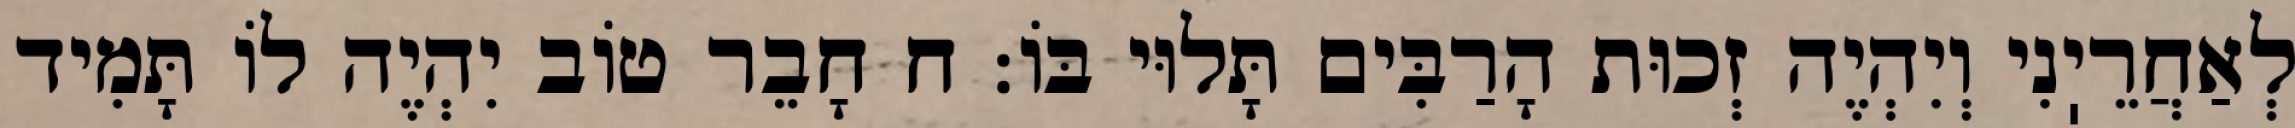
לְאַחֲרֵיֽנִי וְיִהְיֶה זְכוּת הָרַבִּים תָּלוּי בּוֹ: ח חָבֵר טוֹב יִהְיֶה לוֹ תָּמִיד